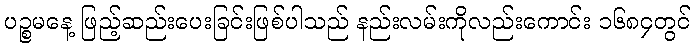
ပဉ္စမနေ့ ဖြည့်ဆည်းပေးခြင်းဖြစ်ပါသည် နည်းလမ်းကိုလည်းကောင်း ၁၆၈၄တွင်